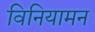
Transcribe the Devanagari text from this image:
विनियामन